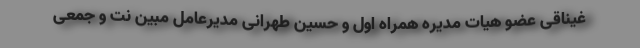
غیناقی عضو هیات مدیره همراه اول و حسین طهرانی مدیرعامل مبین نت و جمعی